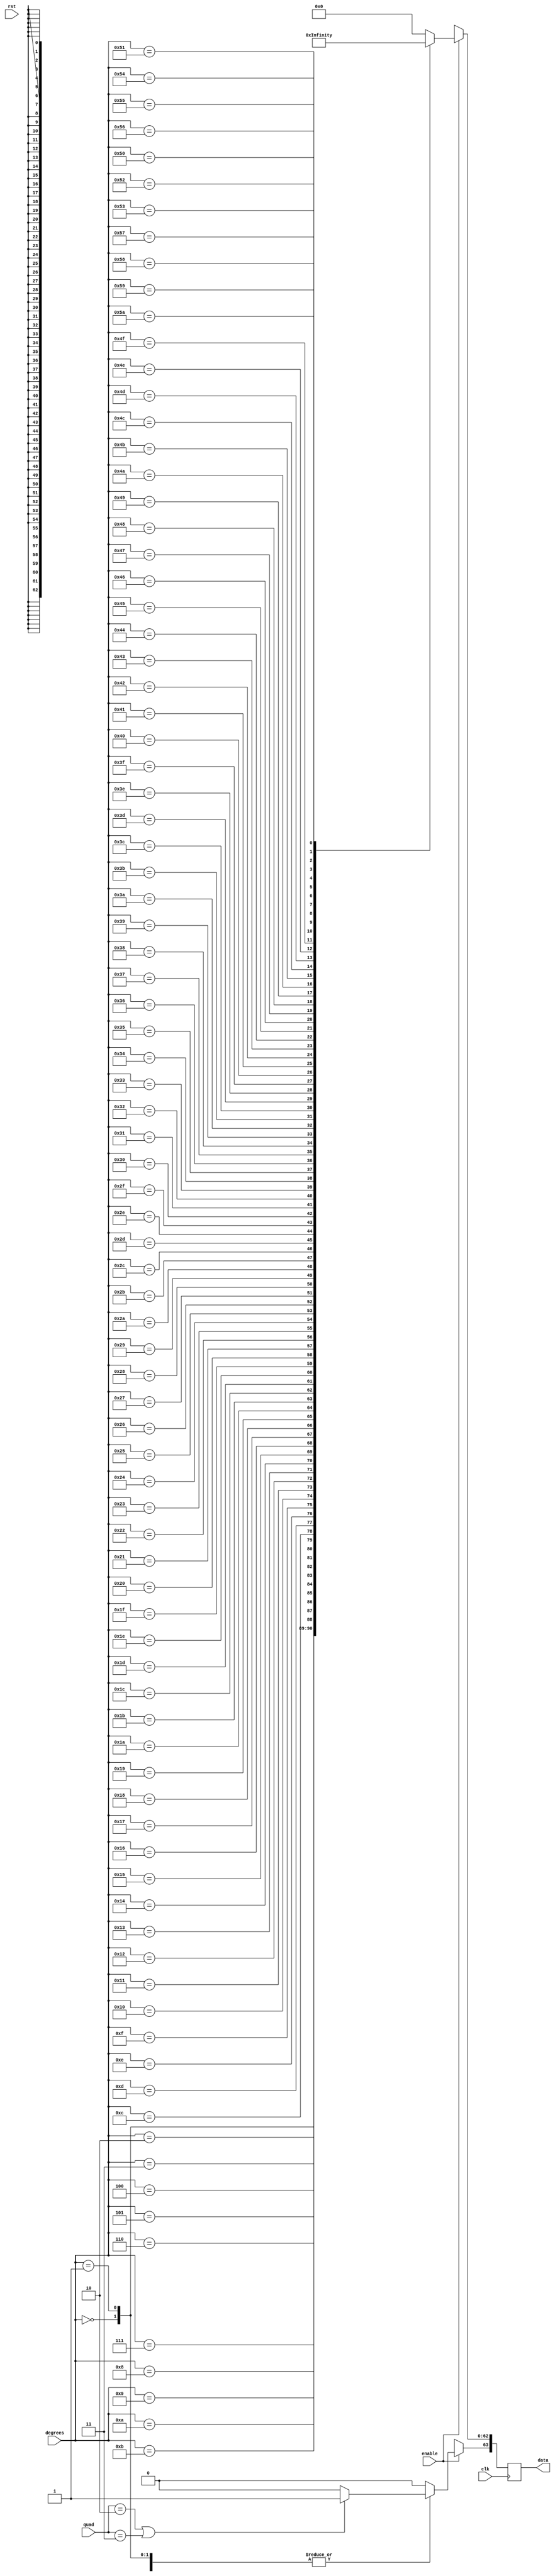
`define INPUT_WIDTH 32
`define INPUT_WIDTH 32
`define INPUT_WIDTH 32
`define INPUT_WIDTH 32
`define INPUT_WIDTH 32
`define INPUT_WIDTH 32
`define INPUT_WIDTH 32
`define INPUT_WIDTH 32

module cosecant_lut (quad, enable, degrees, data, rst, clk);

input [1:0] quad;
input enable;
input rst;
input [`INPUT_WIDTH-1:0] degrees ;
input clk;

//////////////inputs/////////////////

output reg [63:0] data;

//////////////output/////////////////


always@(posedge clk )

// needs to be positive in first and second quadrants


 begin
        if (quad == 2'b10 || quad == 2'b11)
        begin
        data[63] <= 1'b1;
        end

        else
        begin
        data[63] <= 1'b0;
        end
 
	if(enable)
	case (degrees)

// look up table
	  
`INPUT_WIDTH'd0  : data[62:0] <= 64'h7ff0000000000000;
`INPUT_WIDTH'd1  : data[62:0] <= 64'h404ca63b6cba7b71;
`INPUT_WIDTH'd2  : data[62:0] <= 64'h403ca7596e271c86;
`INPUT_WIDTH'd3  : data[62:0] <= 64'h40331b797e990dc0;
`INPUT_WIDTH'd4  : data[62:0] <= 64'h402cabd2100d036c;
`INPUT_WIDTH'd5  : data[62:0] <= 64'h4026f28a8ae3ab08;
`INPUT_WIDTH'd6  : data[62:0] <= 64'h4023222ff85e6006;
`INPUT_WIDTH'd7  : data[62:0] <= 64'h402069387b617567;
`INPUT_WIDTH'd8  : data[62:0] <= 64'h401cbdbe5febffb0;
`INPUT_WIDTH'd9  : data[62:0] <= 64'h401991df41de341d;
`INPUT_WIDTH'd10 : data[62:0] <= 64'h401708fb2129168e;
`INPUT_WIDTH'd11 : data[62:0] <= 64'h4014f69f90704701;
`INPUT_WIDTH'd12 : data[62:0] <= 64'h40133d2b00047f03;
`INPUT_WIDTH'd13 : data[62:0] <= 64'h4011c819f29be025;
`INPUT_WIDTH'd14 : data[62:0] <= 64'h401088c56499f439;
`INPUT_WIDTH'd15 : data[62:0] <= 64'h400ee8dd4748bf16;
`INPUT_WIDTH'd16 : data[62:0] <= 64'h400d060d6ac58d68;
`INPUT_WIDTH'd17 : data[62:0] <= 64'h400b5cc824ec982e;
`INPUT_WIDTH'd18 : data[62:0] <= 64'h4009e3779b97f4a8;
`INPUT_WIDTH'd19 : data[62:0] <= 64'h4008928aa26c4c08;
`INPUT_WIDTH'd20 : data[62:0] <= 64'h400763f38fb4cf95;
`INPUT_WIDTH'd21 : data[62:0] <= 64'h400652cbf905707a;
`INPUT_WIDTH'd22 : data[62:0] <= 64'h40055b11998752c1;
`INPUT_WIDTH'd23 : data[62:0] <= 64'h40047974b96de77f;
`INPUT_WIDTH'd24 : data[62:0] <= 64'h4003ab32fb93a3a7;
`INPUT_WIDTH'd25 : data[62:0] <= 64'h4002edfb187b1137;
`INPUT_WIDTH'd26 : data[62:0] <= 64'h40023fd71f682341;
`INPUT_WIDTH'd27 : data[62:0] <= 64'h40019f1b8c9526f0;
`INPUT_WIDTH'd28 : data[62:0] <= 64'h40010a59ff3c94be;
`INPUT_WIDTH'd29 : data[62:0] <= 64'h40008056af82561d;
`INPUT_WIDTH'd30 : data[62:0] <= 64'h4000000000000001;
`INPUT_WIDTH'd31 : data[62:0] <= 64'h3fff10cf62336e31;
`INPUT_WIDTH'd32 : data[62:0] <= 64'h3ffe317ab5700fce;
`INPUT_WIDTH'd33 : data[62:0] <= 64'h3ffd6093ce555fa8;
`INPUT_WIDTH'd34 : data[62:0] <= 64'h3ffc9cd7b485648a;
`INPUT_WIDTH'd35 : data[62:0] <= 64'h3ffbe52877982347;
`INPUT_WIDTH'd36 : data[62:0] <= 64'h3ffb38880b4603e4;
`INPUT_WIDTH'd37 : data[62:0] <= 64'h3ffa9613f8fd7862;
`INPUT_WIDTH'd38 : data[62:0] <= 64'h3ff9fd01bf93f3a3;
`INPUT_WIDTH'd39 : data[62:0] <= 64'h3ff96c9bc1d2abfe;
`INPUT_WIDTH'd40 : data[62:0] <= 64'h3ff8e43eaadf9334;
`INPUT_WIDTH'd41 : data[62:0] <= 64'h3ff863573463a809;
`INPUT_WIDTH'd42 : data[62:0] <= 64'h3ff7e9603e24eb24;
`INPUT_WIDTH'd43 : data[62:0] <= 64'h3ff775e129d20b11;
`INPUT_WIDTH'd44 : data[62:0] <= 64'h3ff7086c7026f77e;
`INPUT_WIDTH'd45 : data[62:0] <= 64'h3ff6a09e667f3bcd;
`INPUT_WIDTH'd46 : data[62:0] <= 64'h3ff63e1c2d781ada;
`INPUT_WIDTH'd47 : data[62:0] <= 64'h3ff5e092c2857578;
`INPUT_WIDTH'd48 : data[62:0] <= 64'h3ff587b62f6162b4;
`INPUT_WIDTH'd49 : data[62:0] <= 64'h3ff53340d31354d5;
`INPUT_WIDTH'd50 : data[62:0] <= 64'h3ff4e2f2c0fa463b;
`INPUT_WIDTH'd51 : data[62:0] <= 64'h3ff4969132d53892;
`INPUT_WIDTH'd52 : data[62:0] <= 64'h3ff44de60b3c3d86;
`INPUT_WIDTH'd53 : data[62:0] <= 64'h3ff408bf665efb99;
`INPUT_WIDTH'd54 : data[62:0] <= 64'h3ff3c6ef372fe94f;
`INPUT_WIDTH'd55 : data[62:0] <= 64'h3ff3884aef684af8;
`INPUT_WIDTH'd56 : data[62:0] <= 64'h3ff34cab310ac280;
`INPUT_WIDTH'd57 : data[62:0] <= 64'h3ff313eb883ae677;
`INPUT_WIDTH'd58 : data[62:0] <= 64'h3ff2ddea2c696f6a;
`INPUT_WIDTH'd59 : data[62:0] <= 64'h3ff2aa87c7f7612b;
`INPUT_WIDTH'd60 : data[62:0] <= 64'h3ff279a74590331d;
`INPUT_WIDTH'd61 : data[62:0] <= 64'h3ff24b2da2943b49;
`INPUT_WIDTH'd62 : data[62:0] <= 64'h3ff21f01c602373d;
`INPUT_WIDTH'd63 : data[62:0] <= 64'h3ff1f50c5b61511e;
`INPUT_WIDTH'd64 : data[62:0] <= 64'h3ff1cd37b13ce9c7;
`INPUT_WIDTH'd65 : data[62:0] <= 64'h3ff1a76f9ad128b7;
`INPUT_WIDTH'd66 : data[62:0] <= 64'h3ff183a154932d8b;
`INPUT_WIDTH'd67 : data[62:0] <= 64'h3ff161bb6b4a03f3;
`INPUT_WIDTH'd68 : data[62:0] <= 64'h3ff141ada5766663;
`INPUT_WIDTH'd69 : data[62:0] <= 64'h3ff12368eecf1f68;
`INPUT_WIDTH'd70 : data[62:0] <= 64'h3ff106df459ea073;
`INPUT_WIDTH'd71 : data[62:0] <= 64'h3ff0ec03a9d451e4;
`INPUT_WIDTH'd72 : data[62:0] <= 64'h3ff0d2ca0da1530d;
`INPUT_WIDTH'd73 : data[62:0] <= 64'h3ff0bb27477cf20f;
`INPUT_WIDTH'd74 : data[62:0] <= 64'h3ff0a51105712a50;
`INPUT_WIDTH'd75 : data[62:0] <= 64'h3ff0907dc1930690;
`INPUT_WIDTH'd76 : data[62:0] <= 64'h3ff07d64b78dea34;
`INPUT_WIDTH'd77 : data[62:0] <= 64'h3ff06bbddb2b91b8;
`INPUT_WIDTH'd78 : data[62:0] <= 64'h3ff05b81cfc51885;
`INPUT_WIDTH'd79 : data[62:0] <= 64'h3ff04ca9e08b8cb6;
`INPUT_WIDTH'd80 : data[62:0] <= 64'h3ff03f2ff9989907;
`INPUT_WIDTH'd81 : data[62:0] <= 64'h3ff0330ea1b99998;
`INPUT_WIDTH'd82 : data[62:0] <= 64'h3ff02840f4e91085;
`INPUT_WIDTH'd83 : data[62:0] <= 64'h3ff01ec29f6be927;
`INPUT_WIDTH'd84 : data[62:0] <= 64'h3ff0168fd9895209;
`INPUT_WIDTH'd85 : data[62:0] <= 64'h3ff00fa563d53203;
`INPUT_WIDTH'd86 : data[62:0] <= 64'h3ff00a008406617c;
`INPUT_WIDTH'd87 : data[62:0] <= 64'h3ff0059f0252e0bc;
`INPUT_WIDTH'd88 : data[62:0] <= 64'h3ff0027f274d432f;
`INPUT_WIDTH'd89 : data[62:0] <= 64'h3ff0009fba3f7835;
`INPUT_WIDTH'd90 : data[62:0] <= 64'h3ff0000000000000;


default:data <= 64'h0;

endcase

else 
  data <= 64'hxxxxxxxxxxxxxxx;



end

endmodule